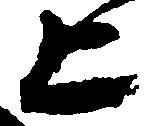
上